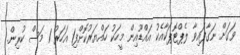
ވަގަށް ނަގާފައިވާ ލެޕްޓޮޕަކާއެކު އައްޑޫއިން މީހަކު ހައްޔަރުކޮށްފި1 އަހަރު 1 މަސް ކުރިން.